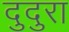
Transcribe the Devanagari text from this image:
दुदुरा